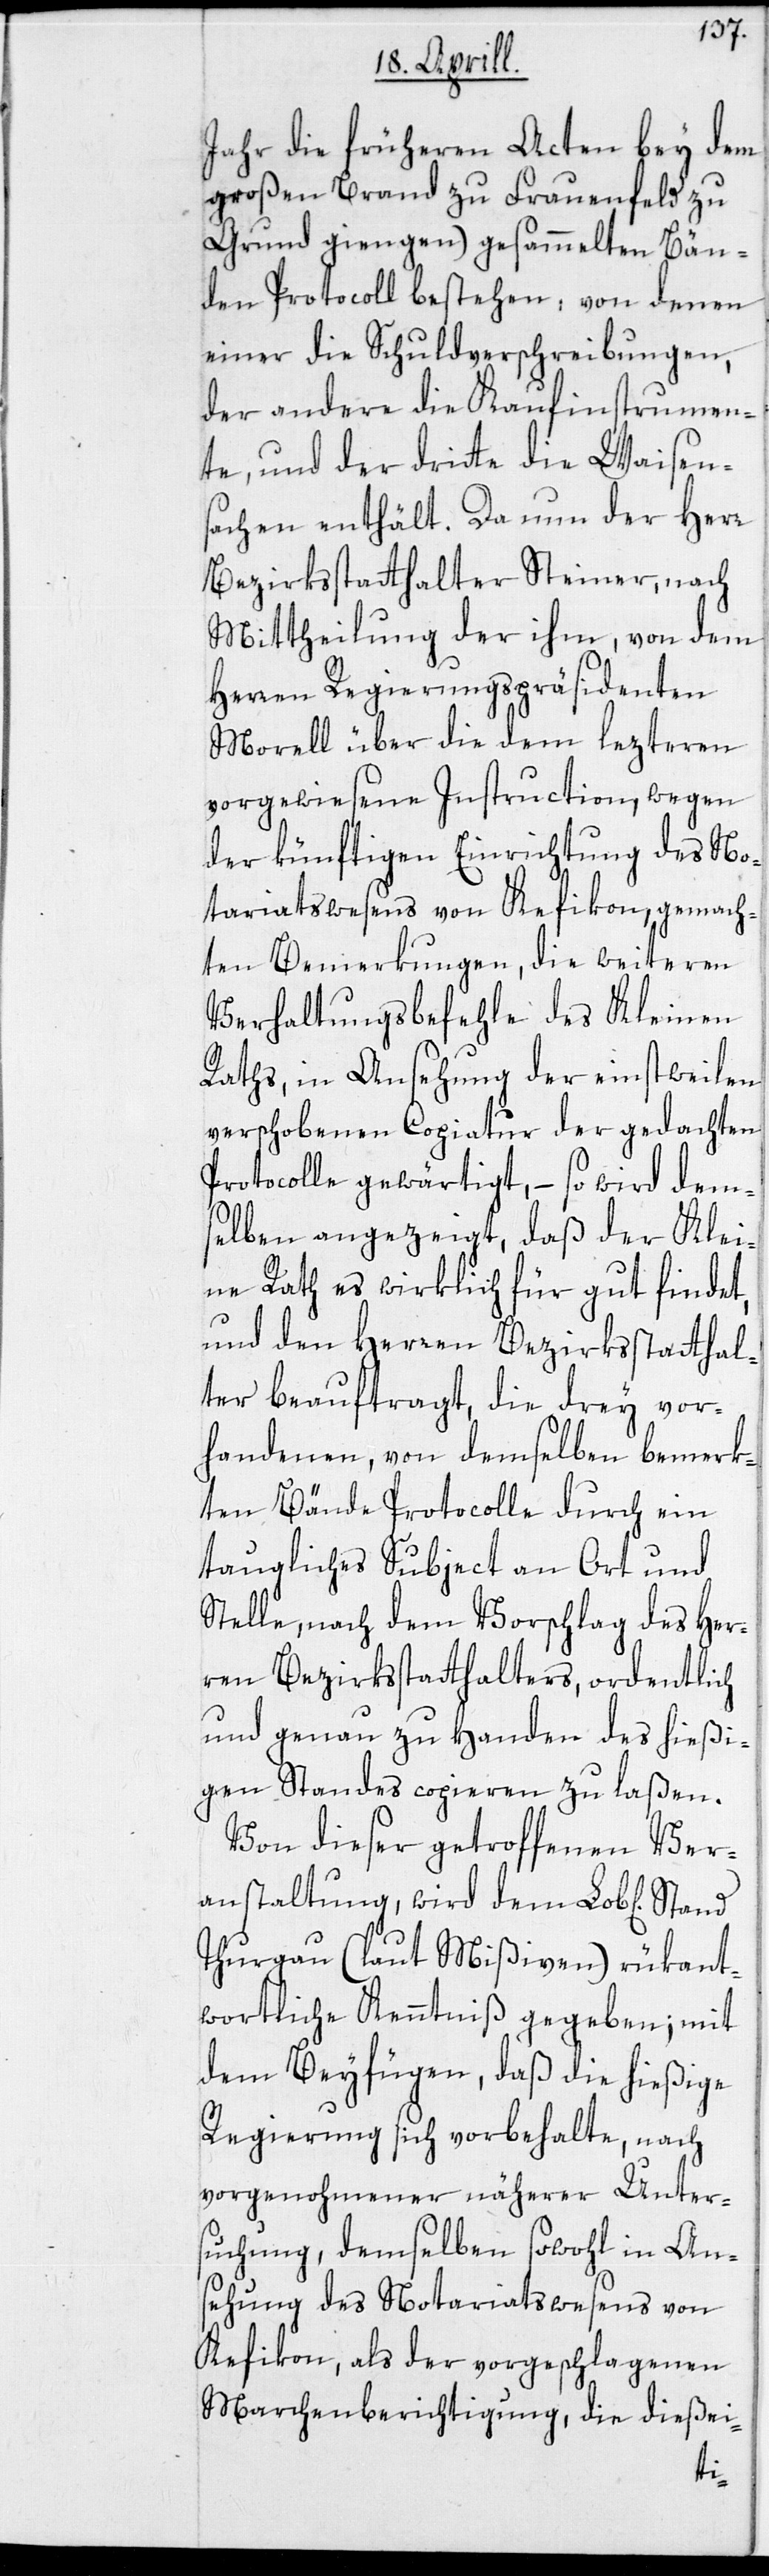
Jahr die früheren Acten bey dem
großen Brand zu Frauenfeld zu
Grund giengen) gesammelten Bän¬
den Protocoll bestehen: von denen
einer die Schuldverschreibungen,
der andere die Kaufinstrumen¬
te, und der dritte die Waisen¬
sachen enthält. Da nun der Herr
Bezirksstatthalter Steiner, nach
Mittheilung der ihm, von dem
Herren Regierungspräsidenten
Morell über die dem lezteren
vorgewiesene Instruction, wegen
der künftigen Einrichtung des No¬
tariatswesens von Kefikon, gemach¬
ten Bemerkungen, die weiteren
Verhaltungsbefehle des Kleinen
Raths, in Ansehung der einstweilen
verschobenen Copiatur der gedachten
Protrocolle gewärtigt, – so wird dem¬
selben angezeigt, daß der Klei¬
ne Rath es wirklich für gut findet,
und den Herren Bezirksstatthal¬
ter beauftragt, die drey vor¬
handenen, von demselben bemerk¬
ten Bände Protocolle durch ein
taugliches Subject an Ort und
Stelle, nach dem Vorschlag des Her¬
ren Bezirksstatthalters, ordentlich
und genau zu Handen des hießi¬
gen Standes copieren zu laßen.
Von dieser getroffenen Ver¬
anstaltung, wird dem Lob[lichen]
Thurgau (laut Mißiven) rükant¬
wortliche Kenntniß gegeben; mit
dem Beyfügen, daß die hießige
Regierung sich vorbehalte, nach
vorgenohmener näherer Unter¬
suchung, demselben sowohl in An¬
sehung des Notariatswesens von
Kefikon, als der vorgeschlagenen
Marchenberichtigung, die dießei-